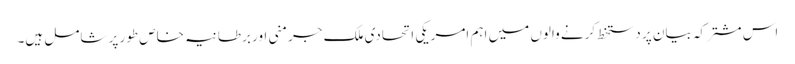
اس مشترکہ بیان پر دستخط کرنے والوں میں اہم امریکی اتحادی ملک جرمنی اور برطانیہ خاص طور پر شامل ہیں۔